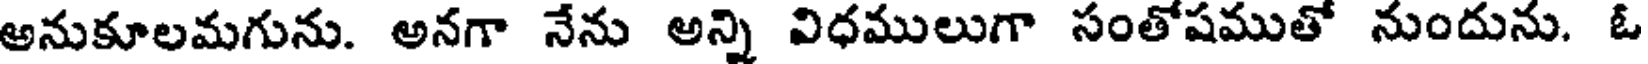
అనుకూలమగును. అనగా నేను అన్ని విధములుగా సంతోషముతో నుందును. ఓ